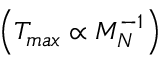
\left( T _ { m a x } \propto M _ { N } ^ { - 1 } \right)